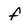
Character: f